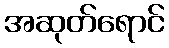
အဆုတ်ရောင်